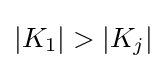
|K_{1}|>|K_{j}|